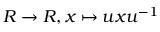
R \to R , x \mapsto u x u ^ { - 1 }